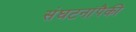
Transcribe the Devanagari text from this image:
संघटनांपैकी